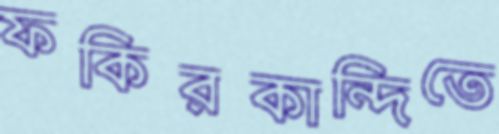
ফকিরকান্দিতে